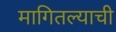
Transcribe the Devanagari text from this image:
मागितल्याची